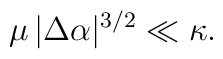
\mu \, |\Delta \alpha|^{3/2} \ll \kappa.